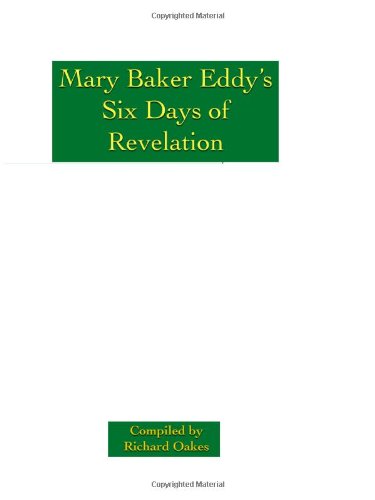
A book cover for Mary Baker Eddy's Six Days of Revelation: (The Green Book); Richard Oakes; Christian Books & Bibles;